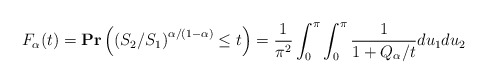
\begin{align*}&F_\alpha(t)= \mathbf{Pr}\left(\left({S_2}/{S_1}\right)^{\alpha/(1-\alpha)}\leq t\right)= \frac{1}{\pi^2}\int_0^{\pi}\int_0^{\pi} \frac{1}{1+Q_\alpha/t}du_1 du_2\end{align*}